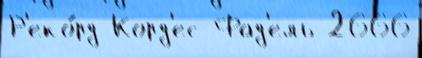
Р'еко́рд Корд'ес Фад'ель 2666